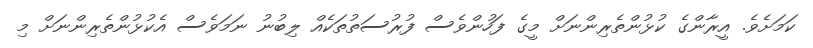
ކަމަށެވެ. އީރާންގެ ކުޅުންތެރިންނަށް މީގެ ފަހުންވެސް ފުރުސަތުތަކެއް ލިބުނު ނަމަވެސް އެކުޅުންތެރިންނަށް މި